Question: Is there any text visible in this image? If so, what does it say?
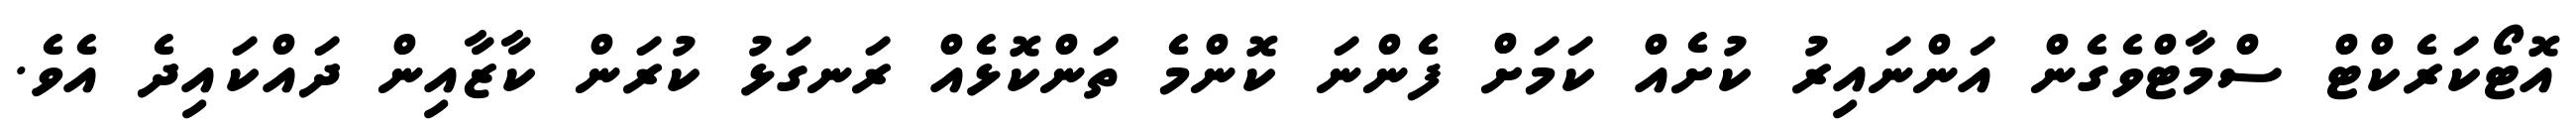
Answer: އޮޓޯކަރެކްޓް ސްމާޓްވެގެން އަންނައިރު ކުށެއް ކަމަށް ފެންނަ ކޮންމެ ތަންކޮޅެއް ރަނގަޅު ކުރަން ކާޒާއިން ދައްކައިދެ އެވެ.